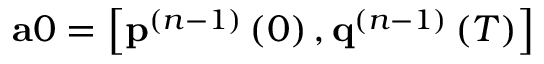
\mathbf { a } 0 = \left[ \mathbf { p } ^ { ( n - 1 ) } \left( 0 \right) , \mathbf { q } ^ { ( n - 1 ) } \left( T \right) \right]